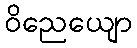
ဝိညေယျော